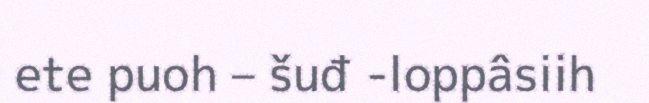
ete puoh – šuđ -loppâsiih